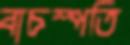
বাচস্পতি